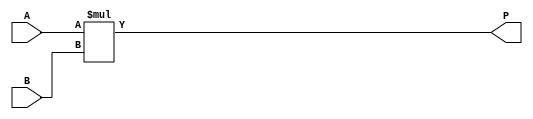
/*--  *******************************************************
--  Computer Architecture Course, Laboratory Sources 
--  Amirkabir University of Technology (Tehran Polytechnic)
--  Department of Computer Engineering (CE-AUT)
--  https://ce[dot]aut[dot]ac[dot]ir
--  *******************************************************
--  All Rights reserved (C) 2019-2020
--  *******************************************************
--  Student ID  : 
--  Student Name: 
--  Student Mail: 
--  *******************************************************
--  Additional Comments:
--
--*/

/*-----------------------------------------------------------
---  Module Name: 8 Bit Multiplier
---  Description: Module1: 
-----------------------------------------------------------*/
`timescale 1 ns/1 ns

module Multiplier8x8 (
	input  [ 7:0] A , // input  [unsigned 08 bits]
	input  [ 7:0] B , // input  [unsigned 08 bits]
	output [15:0] P   // output [unsigned 16 bits]
);

	assign P = A * B ; 
endmodule